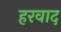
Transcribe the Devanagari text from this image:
हरवाद